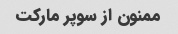
ممنون از سوپر مارکت